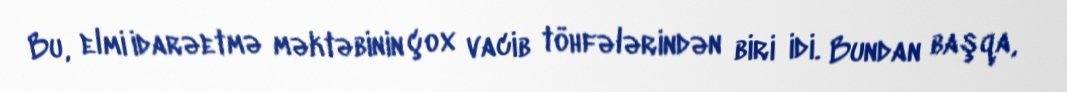
Bu, elmi idarəetmə məktəbinin çox vacib töhfələrindən biri idi. Bundan başqa,